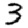
Digit: 3